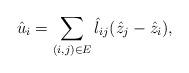
LaTeX: \begin{align*} \hat u_i= \sum_{(i, j) \in E} \hat l_{ij}(\hat z_j - \hat z_i),\end{align*}